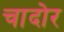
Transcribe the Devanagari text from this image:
चादोर